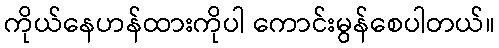
ကိုယ်နေဟန်ထားကိုပါ ကောင်းမွန်စေပါတယ်။